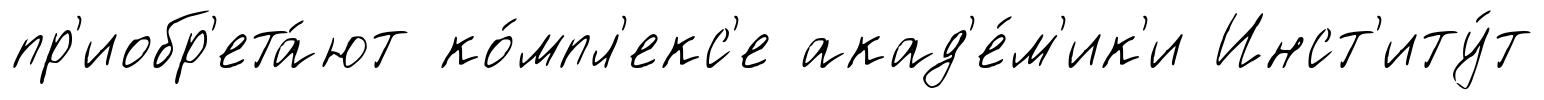
пр'иобр'ета́ют ко́мпл'екс'е акад'е́м'ик'и Инст'иту́т